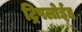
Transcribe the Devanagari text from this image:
ट्रिपलोईड